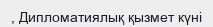
, Дипломатиялық қызмет күні